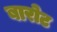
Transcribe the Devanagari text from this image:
बारोट